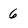
Character: 6